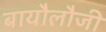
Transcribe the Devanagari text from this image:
बायौलौजी